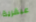
عبقرية